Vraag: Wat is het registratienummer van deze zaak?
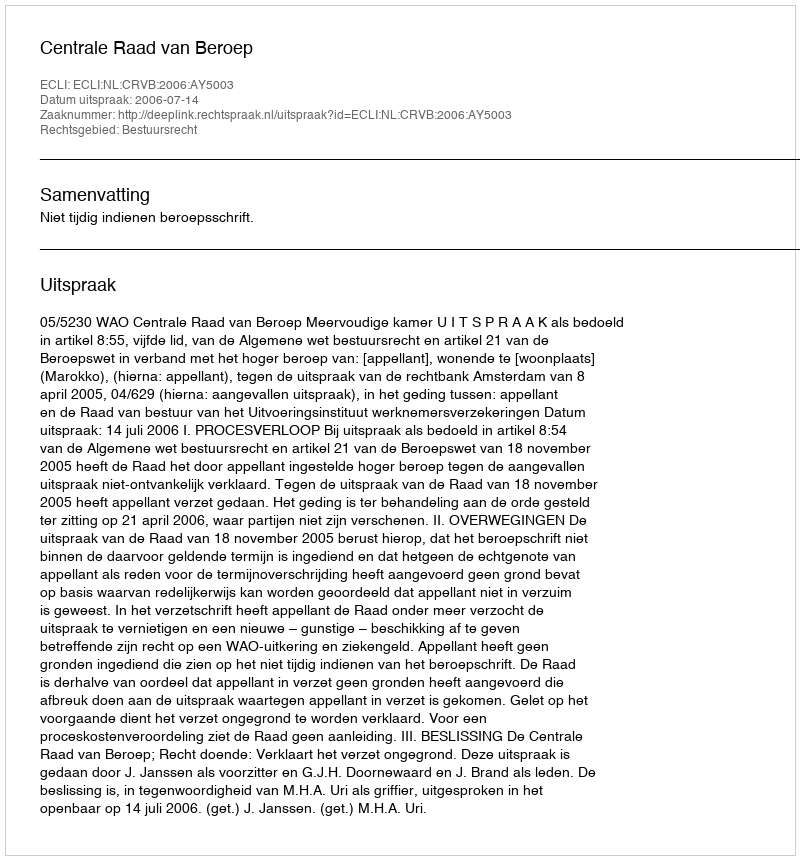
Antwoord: http://deeplink.rechtspraak.nl/uitspraak?id=ECLI:NL:CRVB:2006:AY5003